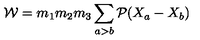
{ \cal W } = m _ { 1 } m _ { 2 } m _ { 3 } \sum _ { a > b } { \cal P } ( X _ { a } - X _ { b } )